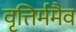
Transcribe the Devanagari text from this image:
वृत्तिर्ममैव